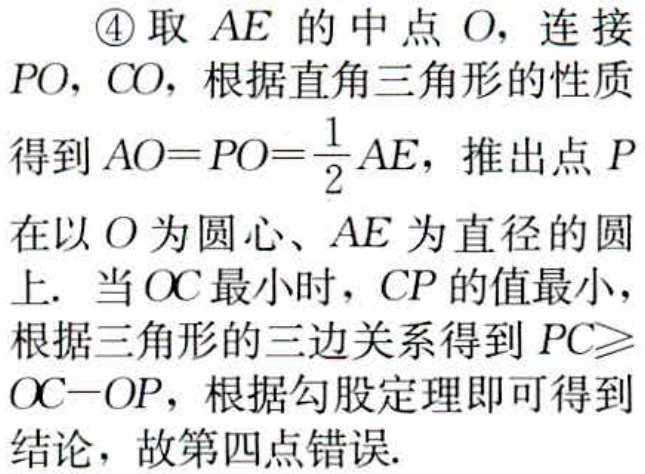
\textcircled{4}取 \(AE\) 的中点 \(O\)，连接 \(PO,CO\)，根据直角三角形的性质得到 \(AO = PO=\frac{1}{2}AE\)，推出点 \(P\) 在以 \(O\) 为圆心、\(AE\) 为直径的圆上. 当 \(OC\) 最小时，\(CP\) 的值最小，根据三角形的三边关系得到 \(PC\geqslant OC - OP\)，根据勾股定理即可得到结论，故第四点错误.